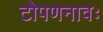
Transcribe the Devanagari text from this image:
टोपणनावः